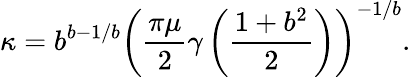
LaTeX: \kappa=b^{b-1/b}\left(\frac{\pi\mu}{2}\gamma\left(\frac{1+b^{2}}{2}\right)\right)^{-1/b}.